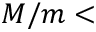
M / m <